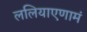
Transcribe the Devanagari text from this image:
ललियाएणामं